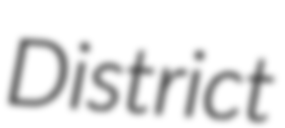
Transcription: District